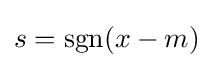
s=\operatorname {sgn}(x-m)